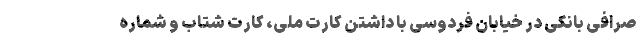
صرافی بانکی در خیابان فردوسی با داشتن کارت ملی، کارت شتاب و شماره